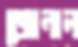
জোনাল